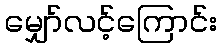
မျှော်လင့်ကြောင်း